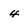
Character: 4